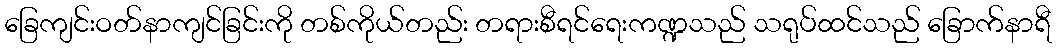
ခြေကျင်းဝတ်နာကျင်ခြင်းကို တစ်ကိုယ်တည်း တရားစီရင်ရေးကဏ္ဍသည် သရုပ်ထင်သည် ခြောက်နာရီ